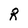
Character: R